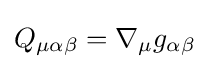
Q_{\mu \alpha \beta }=\nabla _{\mu }g_{\alpha \beta }